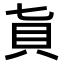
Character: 𧴦